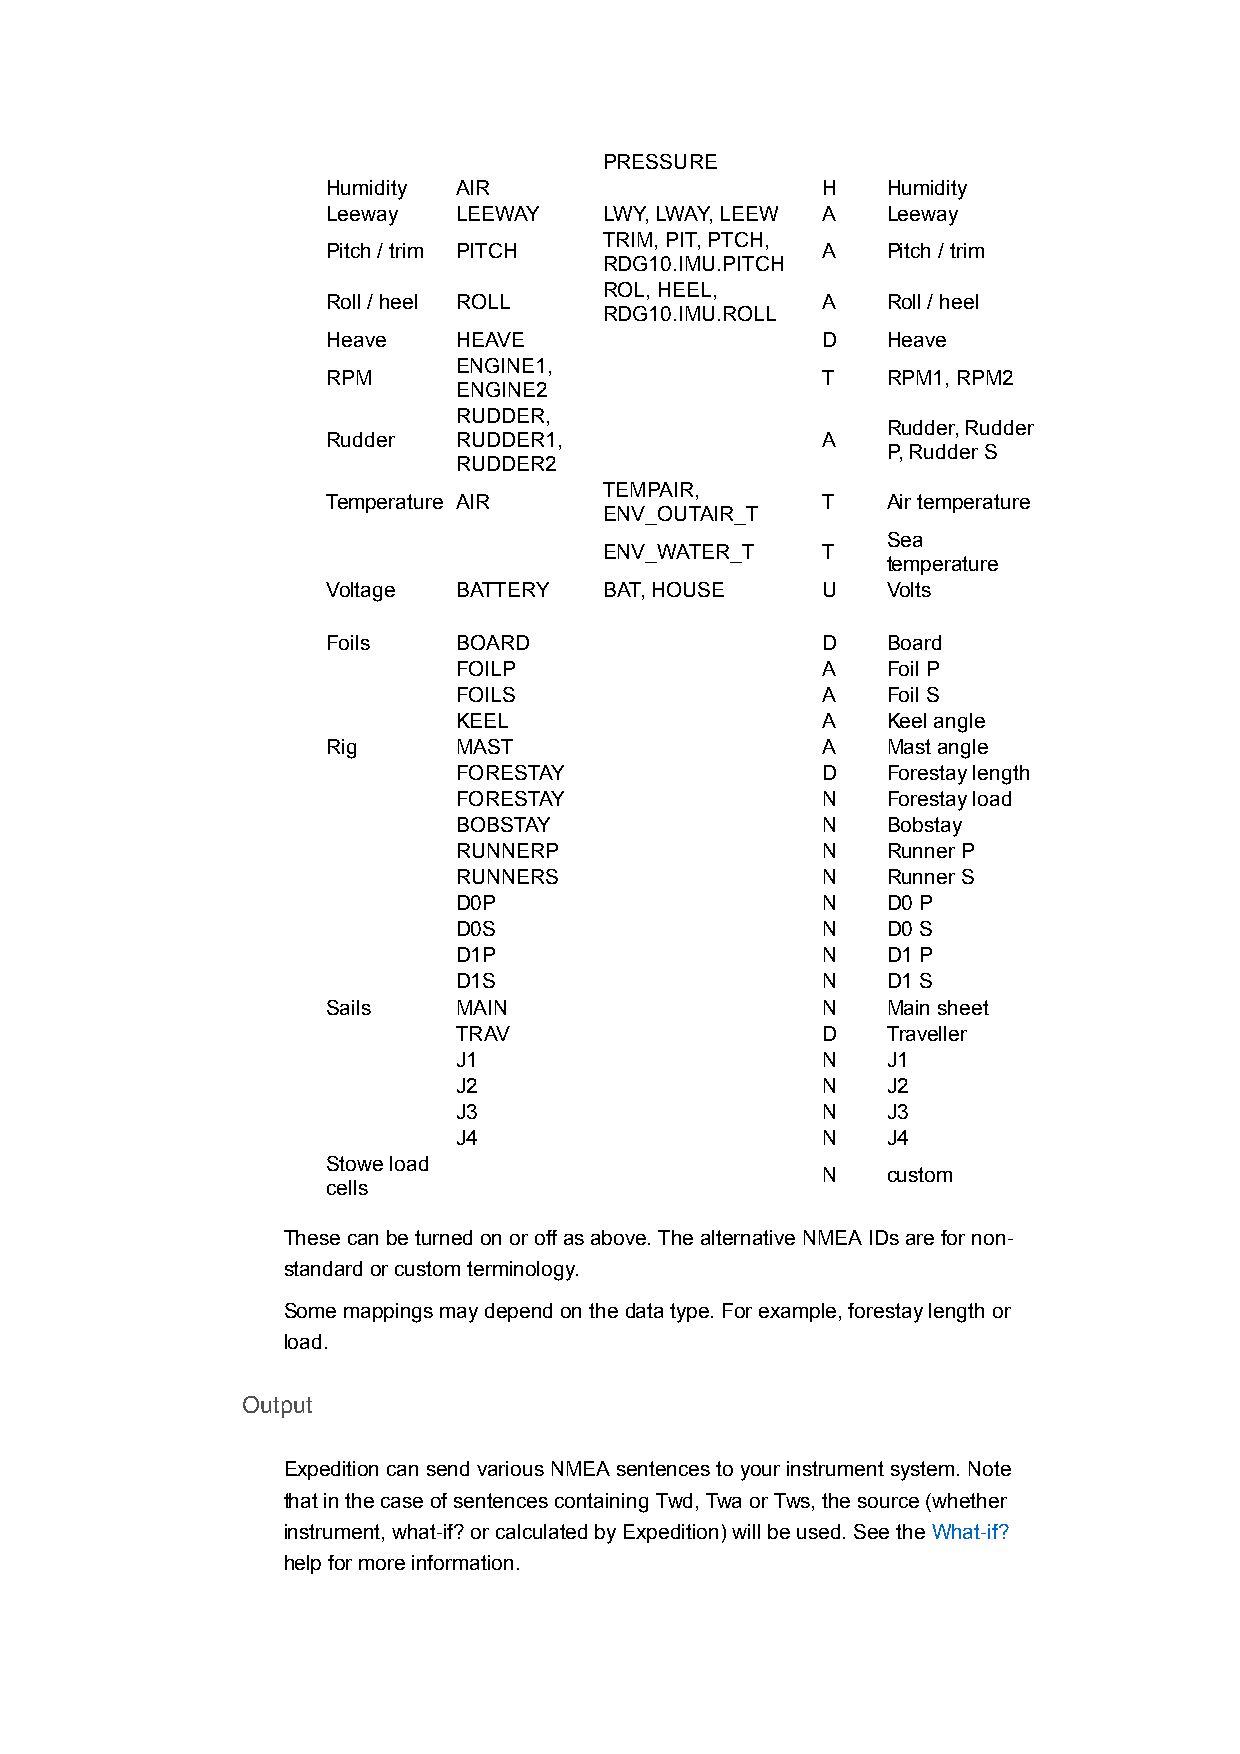
PRESSURE
 Humidity AIR                    H    Humidity
 Leeway  LEEWAY    LWY, LWAY, LEEW A  Leeway
 TRIM, PIT, PTCH,
 Pitch / trim PITCH              A    Pitch / trim
 RDG10.IMU.PITCH
 ROL, HEEL,
 Roll / heel ROLL                A    Roll / heel
 RDG10.IMU.ROLL
 Heave   HEAVE                   D    Heave
 ENGINE1,
 RPM                             T    RPM1, RPM2
 ENGINE2
 RUDDER,
 Rudder, Rudder
 Rudder  RUDDER1,                A
 P, Rudder S
 RUDDER2
 TEMPAIR,
 Temperature AIR                 T    Air temperature
 ENV_OUTAIR_T
 Sea
 ENV_WATER_T   T
 temperature
 Voltage BATTERY   BAT, HOUSE    U    Volts
 Foils   BOARD                   D    Board
 FOILP                   A    Foil P
 FOILS                   A    Foil S
 KEEL                    A    Keel angle
 Rig     MAST                    A    Mast angle
 FORESTAY                D    Forestay length
 FORESTAY                N    Forestay load
 BOBSTAY                 N    Bobstay
 RUNNERP                 N    Runner P
 RUNNERS                 N    Runner S
 D0P                     N    D0 P
 D0S                     N    D0 S
 D1P                     N    D1 P
 D1S                     N    D1 S
 Sails   MAIN                    N    Main sheet
 TRAV                    D    Traveller
 J1                      N    J1
 J2                      N    J2
 J3                      N    J3
 J4                      N    J4
 Stowe load
 N    custom
 cells
 These can be turned on or off as above. The alternative NMEA IDs are for non-
 standard or custom terminology.
 Some mappings may depend on the data type. For example, forestay length or
 load.
 Output
 Expedition can send various NMEA sentences to your instrument system. Note
 that in the case of sentences containing Twd, Twa or Tws, the source (whether
 instrument, what-if? or calculated by Expedition) will be used. See the What-if?
 help for more information.